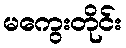
မကွေးတိုင်း